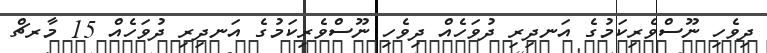
ދިވެހި ނޫސްވެރިކަމުގެ އަނދިރި ދުވަހެއް ދިވެހި ނޫސްވެރިކަމުގެ އަނދިރި ދުވަހެއް 15 މާރޗް